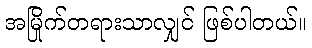
အမြိုက်တရားသာလျှင် ဖြစ်ပါတယ်။